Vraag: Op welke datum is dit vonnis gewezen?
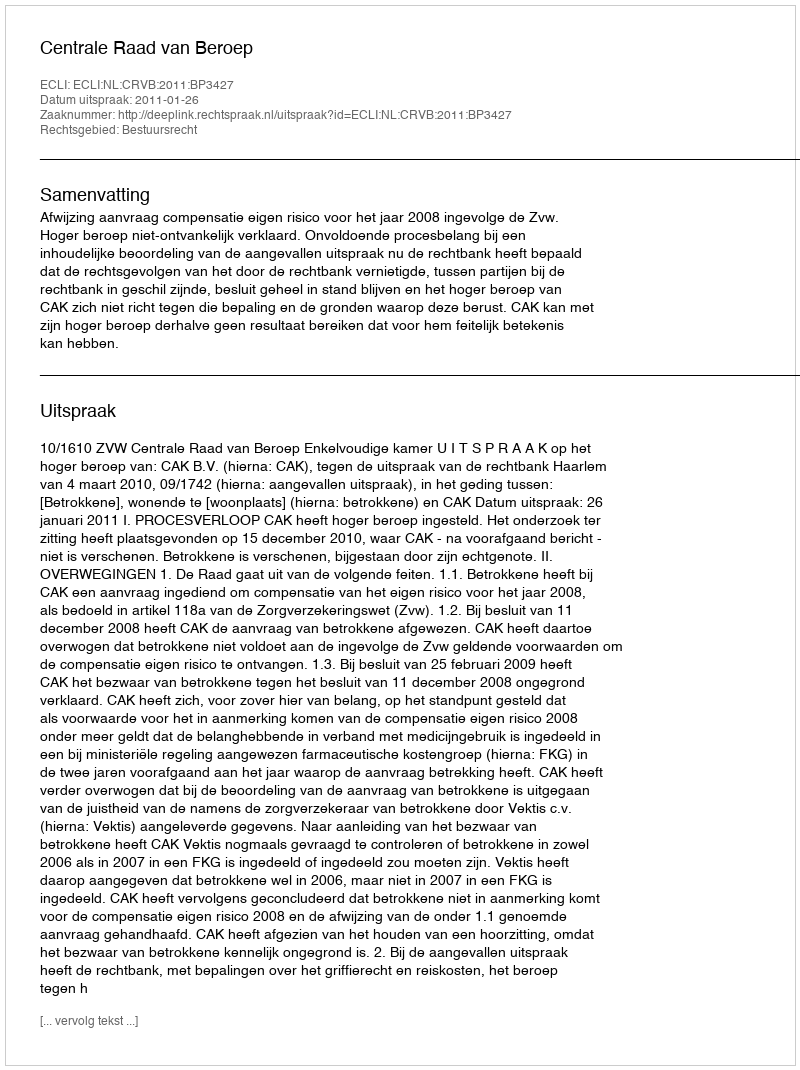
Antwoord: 2011-01-26